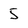
Character: 5